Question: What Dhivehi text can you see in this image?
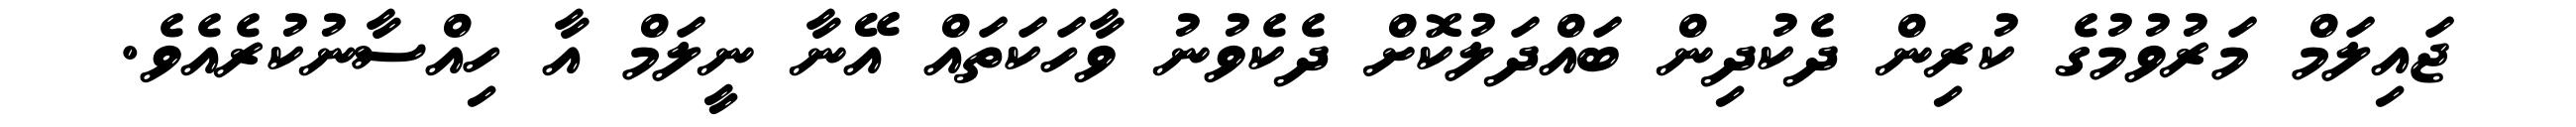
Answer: ޖައިލަމް މަރުވުމުގެ ކުރިން ދެކުދިން ބައްދަލުކޮށް ދެކެވުނު ވާހަކަތައް އޭނާ ނީލަމް އާ ހިއްސާނުކުރެއެވެ.